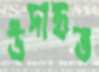
উদাহৃত